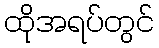
ထိုအရပ်တွင်